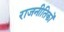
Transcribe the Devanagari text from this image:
राजनीतिकों